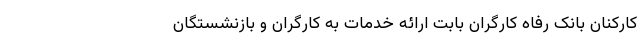
کارکنان بانک رفاه کارگران بابت ارائه خدمات به کارگران و بازنشستگان